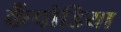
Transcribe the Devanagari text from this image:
कैंपोडिया